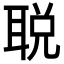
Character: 𬚜